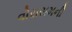
વોરાસમની